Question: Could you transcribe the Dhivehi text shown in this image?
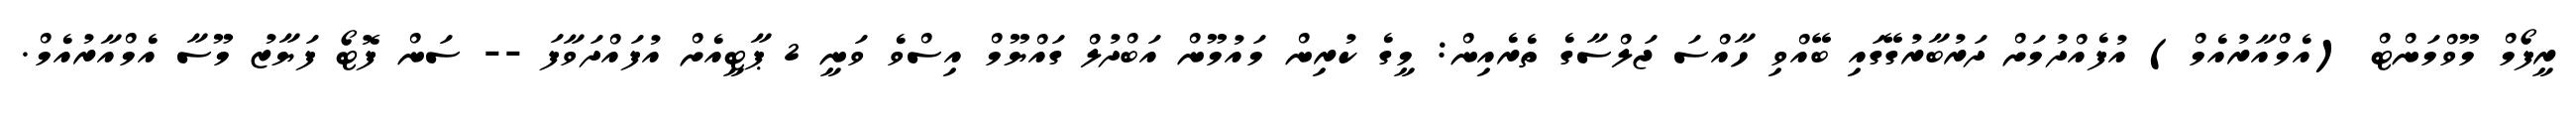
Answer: ރީފޯމް މޫވްމަންޓް (އެމްއާރުއެމް) އުފެއްދުމަށް ދަރުބާރުގޭގައި ބޭއްވި ހާއްސަ ޖަލްސާގެ ތެރެއިން: މީގެ ކުރިން މައުމޫން އަބްދުލް ގައްޔޫމް އިސްވެ ވަނީ 2 ޕާޓީއެށް އުފައްދަވާފަ -- ސަން ފޮޓޯ ފަޔާޒު މޫސާ އެމްއާރުއެމް.